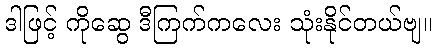
ဒါဖြင့် ကိုဆွေ ဒီကြက်ကလေး သုံးနိုင်တယ်ဗျ။